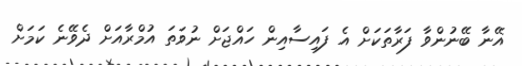
އޭނާ ބޭނުންވާ ފަރާތަކަށް އެ ފައިސާއިން ހައްޖަށް ނުވަތަ އުމްރާއަށް ދެވޭނެ ކަމަށް